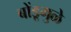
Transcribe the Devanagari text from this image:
बोंडूमुळे